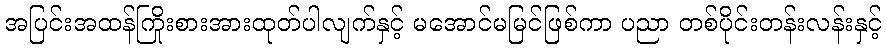
အပြင်းအထန်ကြိုးစားအားထုတ်ပါလျက်နှင့် မအောင်မမြင်ဖြစ်ကာ ပညာ တစ်ပိုင်းတန်းလန်းနှင့်